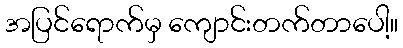
အပြင်ရောက်မှ ကျောင်းတက်တာပေါ့။